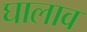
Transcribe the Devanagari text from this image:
घालाव